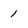
Character: 1